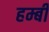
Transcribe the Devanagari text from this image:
हम्बी